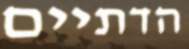
הדתיים